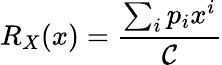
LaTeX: R_{X}(x)=\frac{\sum_{i}^{}{p_{i}x^{i}}}{\mathcal{C}}